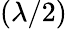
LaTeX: (\lambda/2)